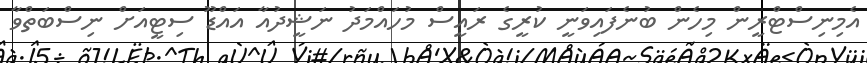
އެމިނިސްޓްރީން މިހެން ބުނެފައިވަނީ ކުރީގެ ރައީސް މުހައްމަދު ނަޝީދުއާ އައްޑޫ ސިޓީއަށް ނިސްބަތްވާ